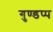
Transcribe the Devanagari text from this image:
गुण्डप्प